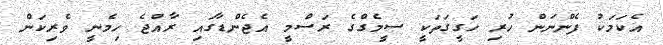
އެކަމަކު ފެންނަން ހުރި ހަގީގަތަކީ ސީމެގްގެ ރަސްމީ އެޖެންޑާގައި ރާއްޖެ ހިމެނީ ވެރިކަން